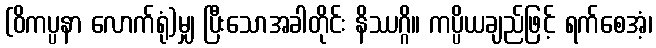
(ဝိကပ္ပနာ လောက်ရုံ)မျှ ပြီးသောအခါတိုင်း နိဿဂ္ဂိ။ ကပ္ပိယချည်ဖြင့် ရက်စေအံ့၊